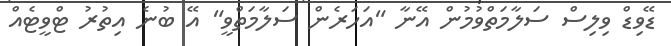
ޑޭވިޑް ވިލިސް ސަލާމަތްވުމުން އޭނާ "އަހަރެން ސަލާމަތްވީ" އޭ ބުނެ އިތުރު ޓްވީޓެއް